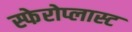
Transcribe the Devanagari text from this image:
स्फेरोप्लास्ट